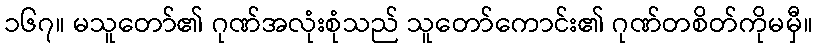
၁၆၇။ မသူတော်၏ ဂုဏ်အလုံးစုံသည် သူတော်ကောင်း၏ ဂုဏ်တစိတ်ကိုမမှီ။